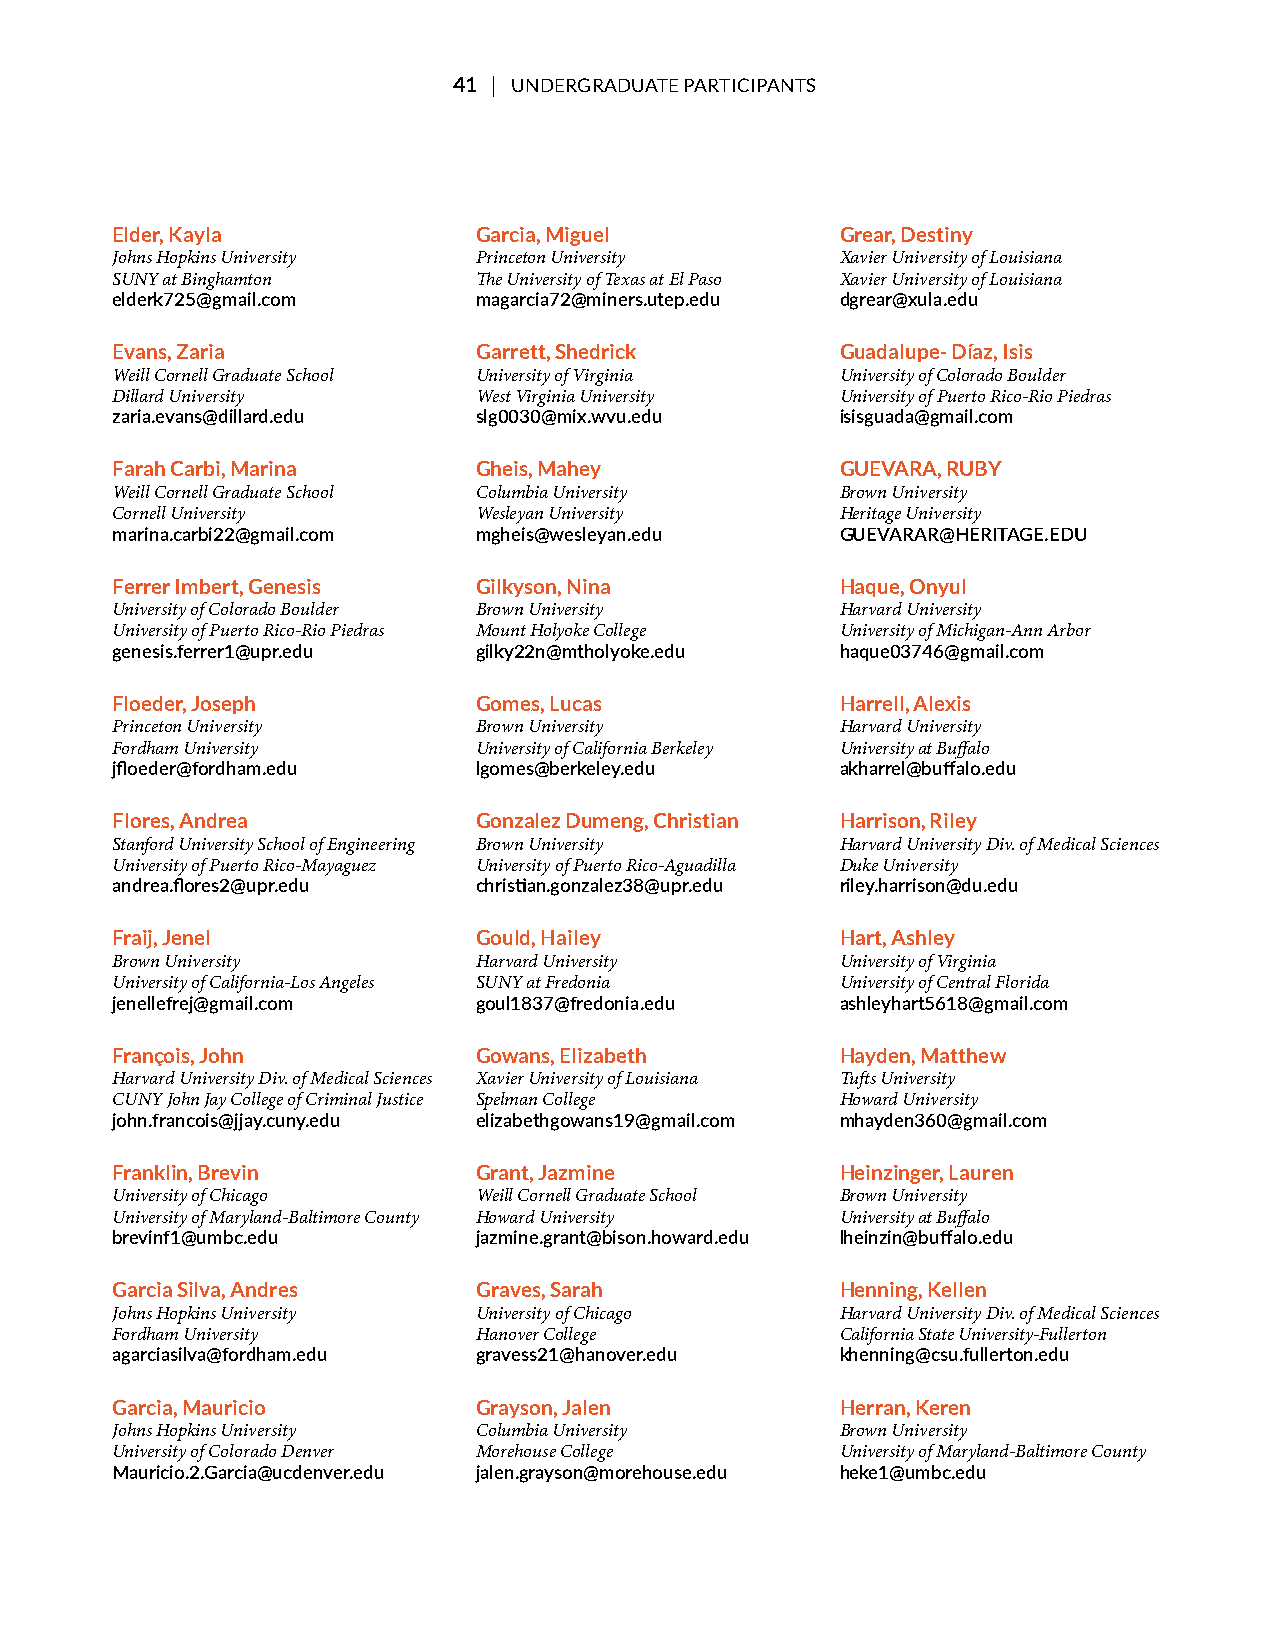
41 | UNDERGRADUATE PARTICIPANTS
 Elder, Kayla             Garcia, Miguel          Grear, Destiny
 Johns Hopkins University Princeton University    Xavier University of Louisiana
 SUNY at Binghamton       Te University of Texas at El Paso Xavier University of Louisiana
 elderk725@gmail.com      magarcia72@miners.utep.edu dgrear@xula.edu
 Evans, Zaria             Garrett, Shedrick       Guadalupe- Díaz, Isis
 Weill Cornell Graduate School University of Virginia University of Colorado Boulder
 Dillard University       West Virginia University University of Puerto Rico-Rio Piedras
 zaria.evans@dillard.edu  slg0030@mix.wvu.edu     isisguada@gmail.com
 Farah Carbi, Marina      Gheis, Mahey            GUEVARA, RUBY
 Weill Cornell Graduate School Columbia University Brown University
 Cornell University       Wesleyan University     Heritage University
 marina.carbi22@gmail.com mgheis@wesleyan.edu     GUEVARAR@HERITAGE.EDU
 Ferrer Imbert, Genesis   Gilkyson, Nina          Haque, Onyul
 University of Colorado Boulder Brown University  Harvard University
 University of Puerto Rico-Rio Piedras Mount Holyoke College University of Michigan-Ann Arbor
 genesis.ferrer1@upr.edu  gilky22n@mtholyoke.edu  haque03746@gmail.com
 Floeder, Joseph          Gomes, Lucas            Harrell, Alexis
 Princeton University     Brown University        Harvard University
 Fordham University       University of California Berkeley University at Bufalo
 jfloeder@fordham.edu     lgomes@berkeley.edu     akharrel@buffalo.edu
 Flores, Andrea           Gonzalez Dumeng, Christian Harrison, Riley
 Stanford University School of Engineering Brown University Harvard University Div. of Medical Sciences
 University of Puerto Rico-Mayaguez University of Puerto Rico-Aguadilla Duke University
 andrea.flores2@upr.edu   christian.gonzalez38@upr.edu riley.harrison@du.edu
 Fraij, Jenel             Gould, Hailey           Hart, Ashley
 Brown University         Harvard University      University of Virginia
 University of California-Los Angeles SUNY at Fredonia University of Central Florida
 jenellefrej@gmail.com    goul1837@fredonia.edu   ashleyhart5618@gmail.com
 François, John           Gowans, Elizabeth       Hayden, Matthew
 Harvard University Div. of Medical Sciences Xavier University of Louisiana Tufs University
 CUNY John Jay College of Criminal Justice Spelman College Howard University
 john.francois@jjay.cuny.edu elizabethgowans19@gmail.com mhayden360@gmail.com
 Franklin, Brevin         Grant, Jazmine          Heinzinger, Lauren
 University of Chicago    Weill Cornell Graduate School Brown University
 University of Maryland-Baltimore County Howard University University at Bufalo
 brevinf1@umbc.edu        jazmine.grant@bison.howard.edu lheinzin@buffalo.edu
 Garcia Silva, Andres     Graves, Sarah           Henning, Kellen
 Johns Hopkins University University of Chicago   Harvard University Div. of Medical Sciences
 Fordham University       Hanover College         California State University-Fullerton
 agarciasilva@fordham.edu gravess21@hanover.edu   khenning@csu.fullerton.edu
 Garcia, Mauricio         Grayson, Jalen          Herran, Keren
 Johns Hopkins University Columbia University     Brown University
 University of Colorado Denver Morehouse College  University of Maryland-Baltimore County
 Mauricio.2.Garcia@ucdenver.edu jalen.grayson@morehouse.edu heke1@umbc.edu